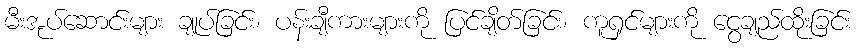
မီးအုပ်ဆောင်းများ ချုပ်ခြင်း၊ ပန်းချီကားများကို ပြင်ချိတ်ခြင်း၊ ကူရှင်များကို ငွေချည်ထိုးခြင်း